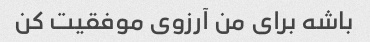
باشه برای من آرزوی موفقیت کن